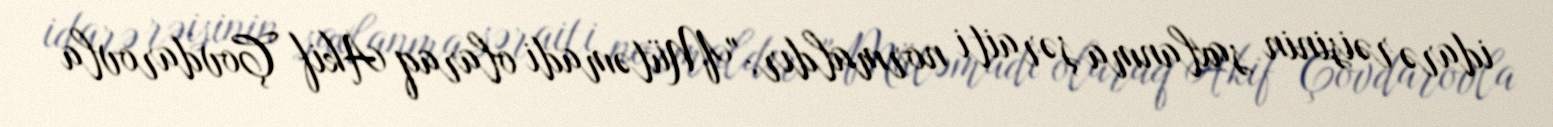
idarə rəisinin saxlanma şəraiti normaldır: "Mütəmadi olaraq Akif Çovdarovla